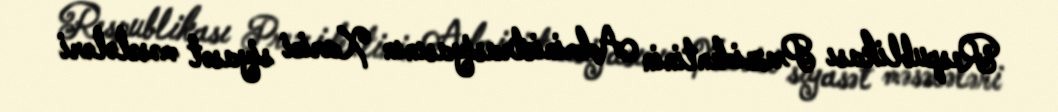
Respublikası Prezidentinin Administrasiyasının Xarici siyasət məsələləri